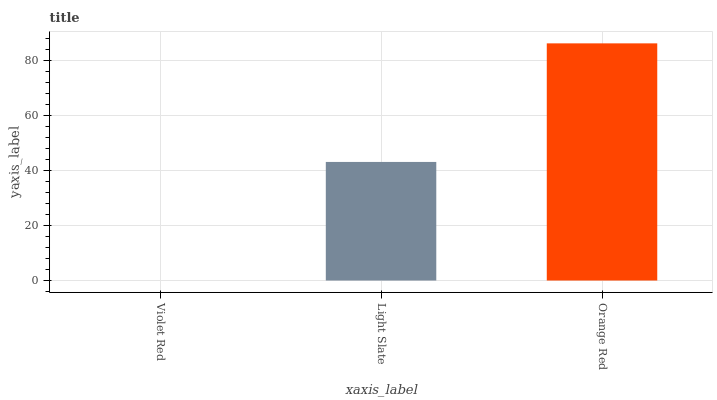
| xaxis_label | bars |
 | --- | --- |
 | Violet Red | 0 |
 | Light Slate | 43 |
 | Orange Red | 86.1 |